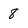
Character: 8